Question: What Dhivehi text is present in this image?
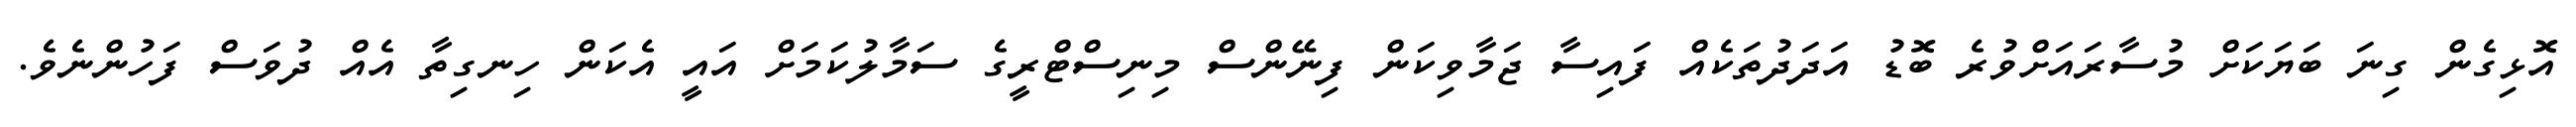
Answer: އޮޅިގެން ގިނަ ބަޔަކަށް މުސާރައަށްވުރެ ބޮޑު އަދަދުތަކެއް ފައިސާ ޖަމާވިކަން ފިނޭންސް މިނިސްޓްރީގެ ސަމާލުކަމަށް އައީ އެކަން ހިނގިތާ އެއް ދުވަސް ފަހުންނެވެ.